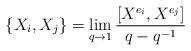
LaTeX: \begin{align*}\left\{X_i,X_j\right\}=\lim_{q\rightarrow 1}\frac{\left[X^{e_i},X^{e_j}\right]}{q-q^{-1}}\end{align*}